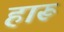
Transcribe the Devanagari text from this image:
हारू